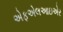
એફએલઆઇએર